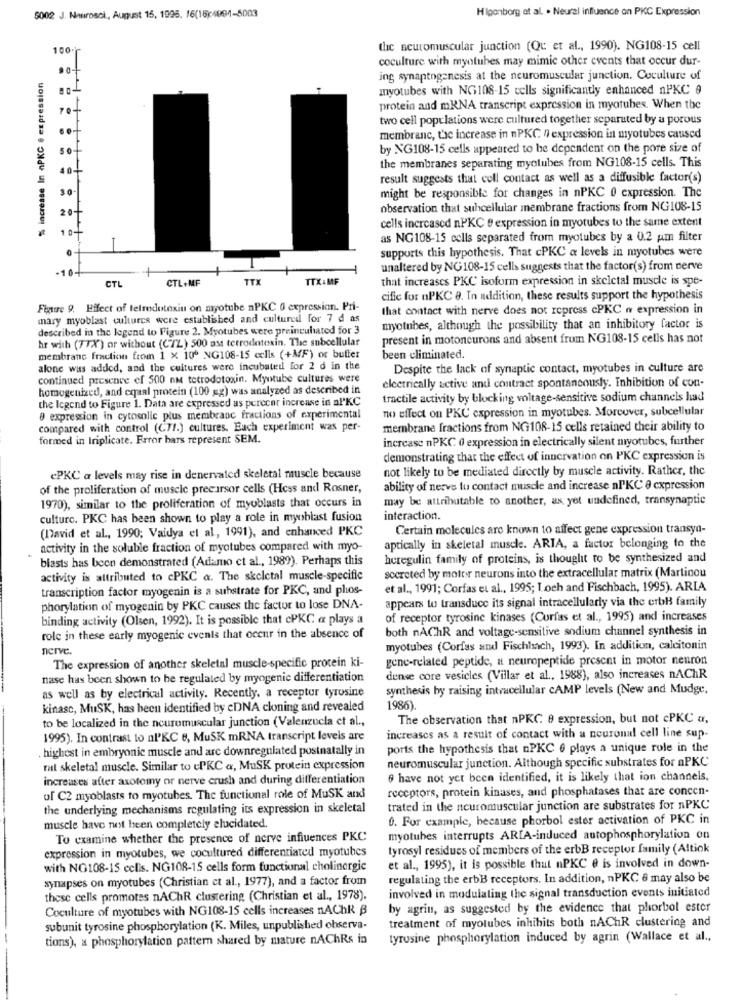
Higonborg et al. . Neural influence on PKC Expression
5002 J. Neurosci ., August 15, 1995. 16(15)4091-5003
100
the neuromuscular junction (Qu et al ., 1990). NG108-15 cell
coculture with myotubes may mimic other events that occur dur-
.0-
% increase In aPKC . expression
ing synaptogenesis at the neuromuscular junction. Coculture of
Inyotubes with NG108-15 cells significantly enhanced nPKC 9
70
protein and mRNA transcript expression in myotubes. When the
two cell populations were cultured together separated by a porous
...
membranc, the increase in nPKC 0 expression in myotubes caused
by NG108-15 cells appeared to he dependent on the pore size of
the membranes separating myclubes from NG108-15 cells. This
40-
result suggests that coll contact as well as a diffusible factor(s)
30
might be responsible for changes in nPKC 0 expression. The
20
observation that subcellular membrane fractions from NG108-15
cells increased nPKC e expression in myotubes to the same extent
10
as NG108-15 cells separated from myotubes by a 0.2 um filter
supports this hypothesis. That cPKC a levels in myotubes were
-10
unaltered by NG108-15 cells suggests that the factor(s) from nerve
CTL+MF
TTX
TTX:MF
that increases PKC isoform expression in skeletal muscle is spe-
CTL
cific for nPKC 8. In addition, these results support the hypothesis
Figure 9. Effect of telredotexin on myotube nPKC 0 expression. Pri-
that contact with nerve does not repress cPKC o expression in
mary myoblast cultures were established and cultured for 7 d as
described in the legend to Figure 2. Myotubes were preincubated for 3
myotubes, although the possibility that an inhibitory factor is
hr with (77X) or without (C/Z) 500 ass terrodotoxin. The subcellular
present in motoneurons and absent from NG108-15 cells has not
membrane fraction from 1 x 100 NG108-15 cells (+MF) or buffer
been eliminated.
alone was added, and the cultures were incubated for 2 d in the
Despite the lack of synaptic contact, myotubes in culture are
continued presente ef 500 nm tetrodotoxin. Mytube cultures were
electrically active and contract spontaneously. Inhibition of con-
homogenized, and equal protein (100 gg) was analyzed as described in
the legend to Figure 1. Data are expressed as perecer increase in al'KC
tractile activity by blocking voltage-sensitive sodium channels had
no effect on PKC expression in myotubes. Moreover, subcellular
8 expression in cytosolic plus membranc fractions of experimental
compared with control (C71.) cultures. Each experiment was per-
membrane fractions from NG108-15 cells retained their ability to
formed in Iriplicate. Frror bars represent SEM.
increase nPKC 0 expression in electrically silent myotubes, further
demonstrating that the effect of innervation on PKC expression is
not likely to be mediated directly by muscle activity. Rather, the
cPKC a levels may rise in denervated skeletal muscle because
of the proliferation of muscle precursor cells (Hess and Rosner,
ability of nerve tu contact muscle and increase nPKC @ cxpression
may be attributable to another, as yet undefined, transynaptic
1970), similar to the proliferation of myoblasts that occurs in
culturc. PKC has been shown to play a role in myoblast fusion
interaction.
(David et al ., 1990; Vaidya et al, 1991), and enhanced PKC
Certain molecules are known to affect gene expression transyn-
activity in the soluble fraction of myotubes compared with myo-
aptically in skeletal muscle. ARIA, a factor belonging to the
blasts has been demonstrated (Adamo et al ., 1989). Perhaps this
heregulin family of proteins, is thought to be synthesized and
socreted by motor neurons into the extracellular matrix (Martinou
activity is attributed to cPKC &. The skeletal muscle-specific
transcription factor myogenin is a substrate for PKC, and phos-
et al ., 1991; Corfas et al ., 1995; I.och and Fischbach, 1995). ARIA
appears to transduce its signal intracellularly via the erbH family
phorylation of myogenin by PKC causes the factor to lose DNA-
binding activity (Olsen, 1992). It is possible that cPKC « plays a
of receptor tyrosine kinases (Curfas et al ., 1995) and increases
both nAChR and voltage-sensitive sodium channel synthesis in
role in these early myogenic events that occur in the absence of
nerve.
myotubes (Corfas and Fischhach, 1993). In addition, calcitonin
The expression of another skeletal muscle-specific protein ki-
gene-related peptide, a neuropeptide present in motor neuron
nase has been shown to be regulated by myogenic differentiation
dense core vesicles (Villar et al ., 1988), also increases nAChR
synthesis by raising intracellular cAMP levels (New and Mudge.
as well as by electrical activity. Recently, a receptur tyrosine
kinasc, MuSK, has been identified by eDNA cloning and revealed
1986)
to be localized in the neuromuscular junction (Valenzuela et al .,
The observation that nPKC 9 expression, but not cPKC a,
1995). In contrast to nl'KC 6, MuSK mRNA transcript levels are
increases as a result of contact with a neuronal cell line sup-
. highest in embryonic muscle and are downregulated postnatally in
ports the hypothesis that nPKC 6 plays a unique role in the
neuromuscular junction. Although specific substrates for nPKC
mal skeletal muscle. Similar to cPKC a, MuSK protein expression
increases after axotomy or nerve crush and during differentiation
8 have not yet been identified, it is likely that ion channels,
receptors, protein kinases, and phosphatases that are concen-
of C2 myoblasts to myotubes. The functional role of MuSK and
the underlying mechanisms regulating its expression in skeletal
trated in the neuromuscular junction are substrates for nPKC
0. For example, because phorbol ester activation of PKC in
muscle have not been completely elucidated.
To examine whether the presence of nerve influences PKC
myotubes interrupts ARIA-induced autophosphorylation on
expression in myotubes, we cocultured differentiated myotubes
tyrosyl residues of members of the erbB receptor family (Altiok
with NG108-15 celis. NG108-15 cells form functional cholinergic
et al ., 1995), it is possible that nPKC @ is involved in down-
synapses on myotubes (Christian et al ., 1977), and a factor from
regulating the erbB receptors. In addition, nPKC 6 may also be
these cells promotes nAChR clustering (Christian et al ., 1978).
involved in modulating the signal transduction events initiated
Coculture of myotubes with NG108-15 cells increases nAChR ₿
by agrin, as suggested by the evidence that phorbol ester
treatment of myotubes inhibits both nAChR clustering and
subunit tyrosine phosphorylation (K. Miles, unpublished observa-
tions), a phosphorylation pattern shared by mature nAChRs in
tyrosine phosphorylation induced by agrin (Wallace et al .,